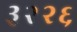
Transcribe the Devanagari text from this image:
३२२६